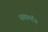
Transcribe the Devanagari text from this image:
सबार्ल्टन